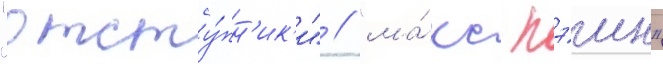
"отсту́пн'ик'и" / "ма́кс пэин"